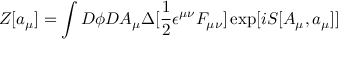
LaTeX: Z [ a _ { \mu } ] = \int D \phi D A _ { \mu } \Delta [ \frac { 1 } { 2 } \epsilon ^ { \mu \nu } F _ { \mu \nu } ] \exp [ i S [ A _ { \mu } , a _ { \mu } ] ]